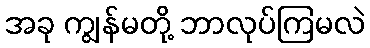
အခု ကျွန်မတို့ ဘာလုပ်ကြမလဲ